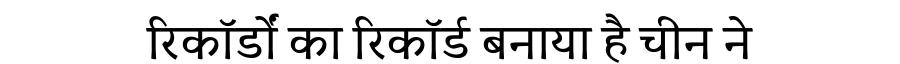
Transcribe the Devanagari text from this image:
रिकॉर्डों का रिकॉर्ड बनाया है चीन ने